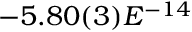
- 5 . 8 0 ( 3 ) E ^ { - 1 4 }